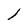
Character: l